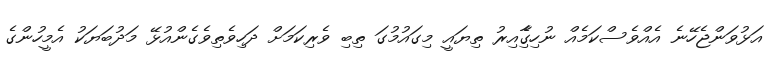
އަޅުވަންޖެހޭނެ އެއްވެސްކަމެއް ނުހިގާެިއިރު ތިޔައީ މިގައުމުގަ ތިބި ވެރިކަމަށް ދަހިވެތިވެގެންއުޅޭ މަދުބަޔަކު އެމީހުންގެ